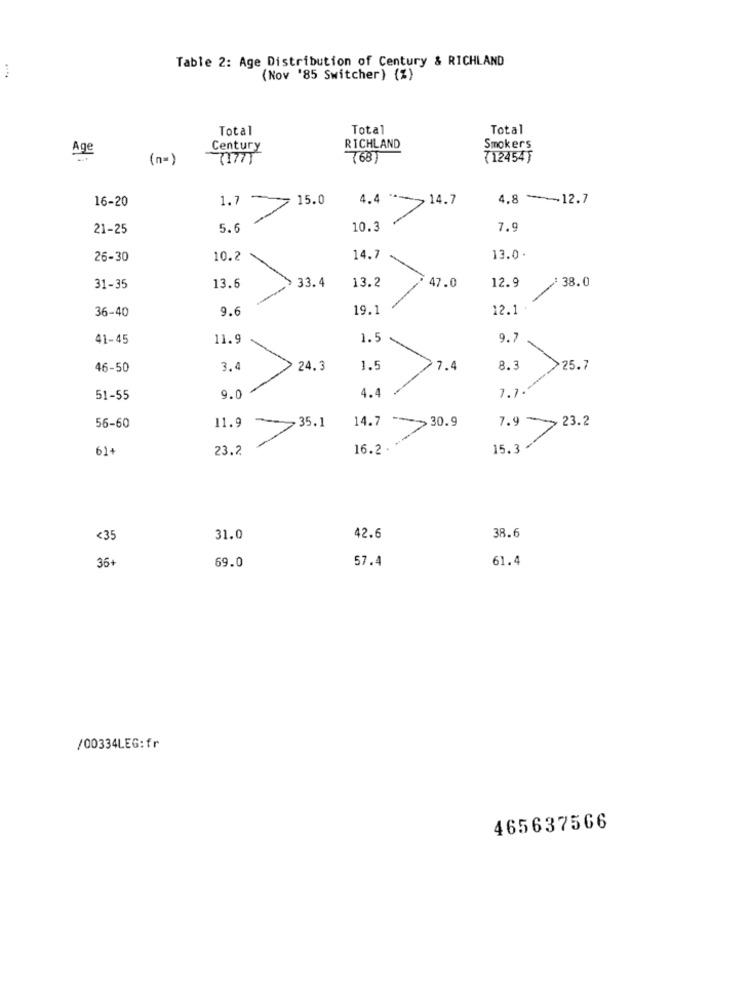
Table 2: Age Distribution of Century & RICHLAND
(Nov '85 Switcher) (%)
Total
Total
Total
Age
Century
RICHLAND
Smokers
(n=)
71771
(68)
7124545
16-20
1.7
4.4
> 14.7
4.8 - 12.7
15.0
21-25
5.6
10.3
7.9
26-30
10.2
14.7
13.0.
33.4
13.2
47.0
12.9
38.0
31-35
13.6
9.6
19.1
12.1 .
36-40
41-45
11.9
1.5
9.7
46-50
3.4
24.3
1.5
7.4
1.1 .--
>25.7
4.4
51-55
9.0
11.9
14.7
7.9
23.2
56-60
35.1
>30.9
61
23.2
16.2.
15.3
<35
31.0
42.6
38.6
36+
57.4
61.4
69.0
/00334LEG:fr
465637566